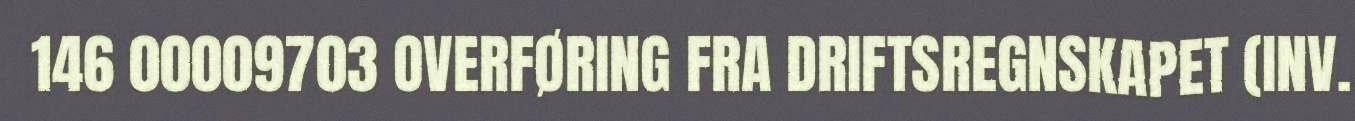
146 00009703 OVERFØRING FRA DRIFTSREGNSKAPET (INV.